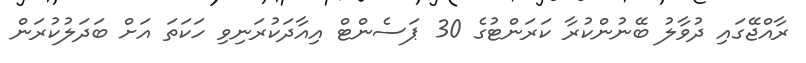
ރާއްޖޭގައި ދުވާލު ބޭނުންކުރާ ކަރަންޓުގެ 30 ޕަސެންޓް އިއާދަކުރަނިވި ހަކަތަ އަށް ބަދަލުކުރަން